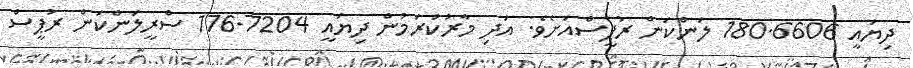
ދިޔައީ 180.6606 ލަންކަން ރުޕީސްއަށެވެ. އަދި މާރުކުރަމުން ދިޔައީ 176.7204 ސްރީލަންކަން ރުޕީސް